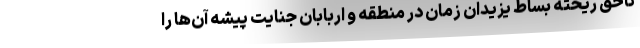
ناحق ریخته‌ بساط یزیدان زمان در منطقه و اربابان جنایت پیشه آن‌ها را